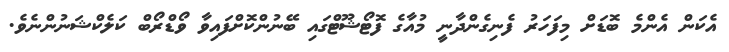
އެކަން އެންމެ ބޮޑަށް މިފަހަރު ފެނިގެންދާނީ މުއާގެ ފޮޓޯޝޫޓްގައި ބޭނުންކޮށްފައިވާ ވޯޑްރޯބް ކަލެކްޝަނުންނެވެ.